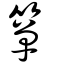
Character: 簞